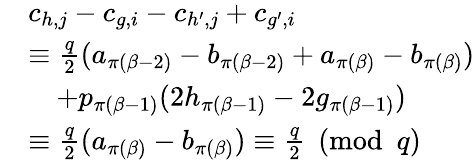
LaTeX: \begin{array}{rl}&{c_{h,j}-c_{g,i}-c_{h^{\prime},j}+c_{g^{\prime},i}}\\ &{\equiv\frac{q}{2}(a_{\pi(\beta-2)}-b_{\pi(\beta-2)}+a_{\pi(\beta)}-b_{\pi(\beta)})}\\ &{\quad+p_{\pi(\beta-1)}(2h_{\pi(\beta-1)}-2g_{\pi(\beta-1)})}\\ &{\equiv\frac{q}{2}(a_{\pi(\beta)}-b_{\pi(\beta)})\equiv\frac{q}{2}\pmod q}\end{array}